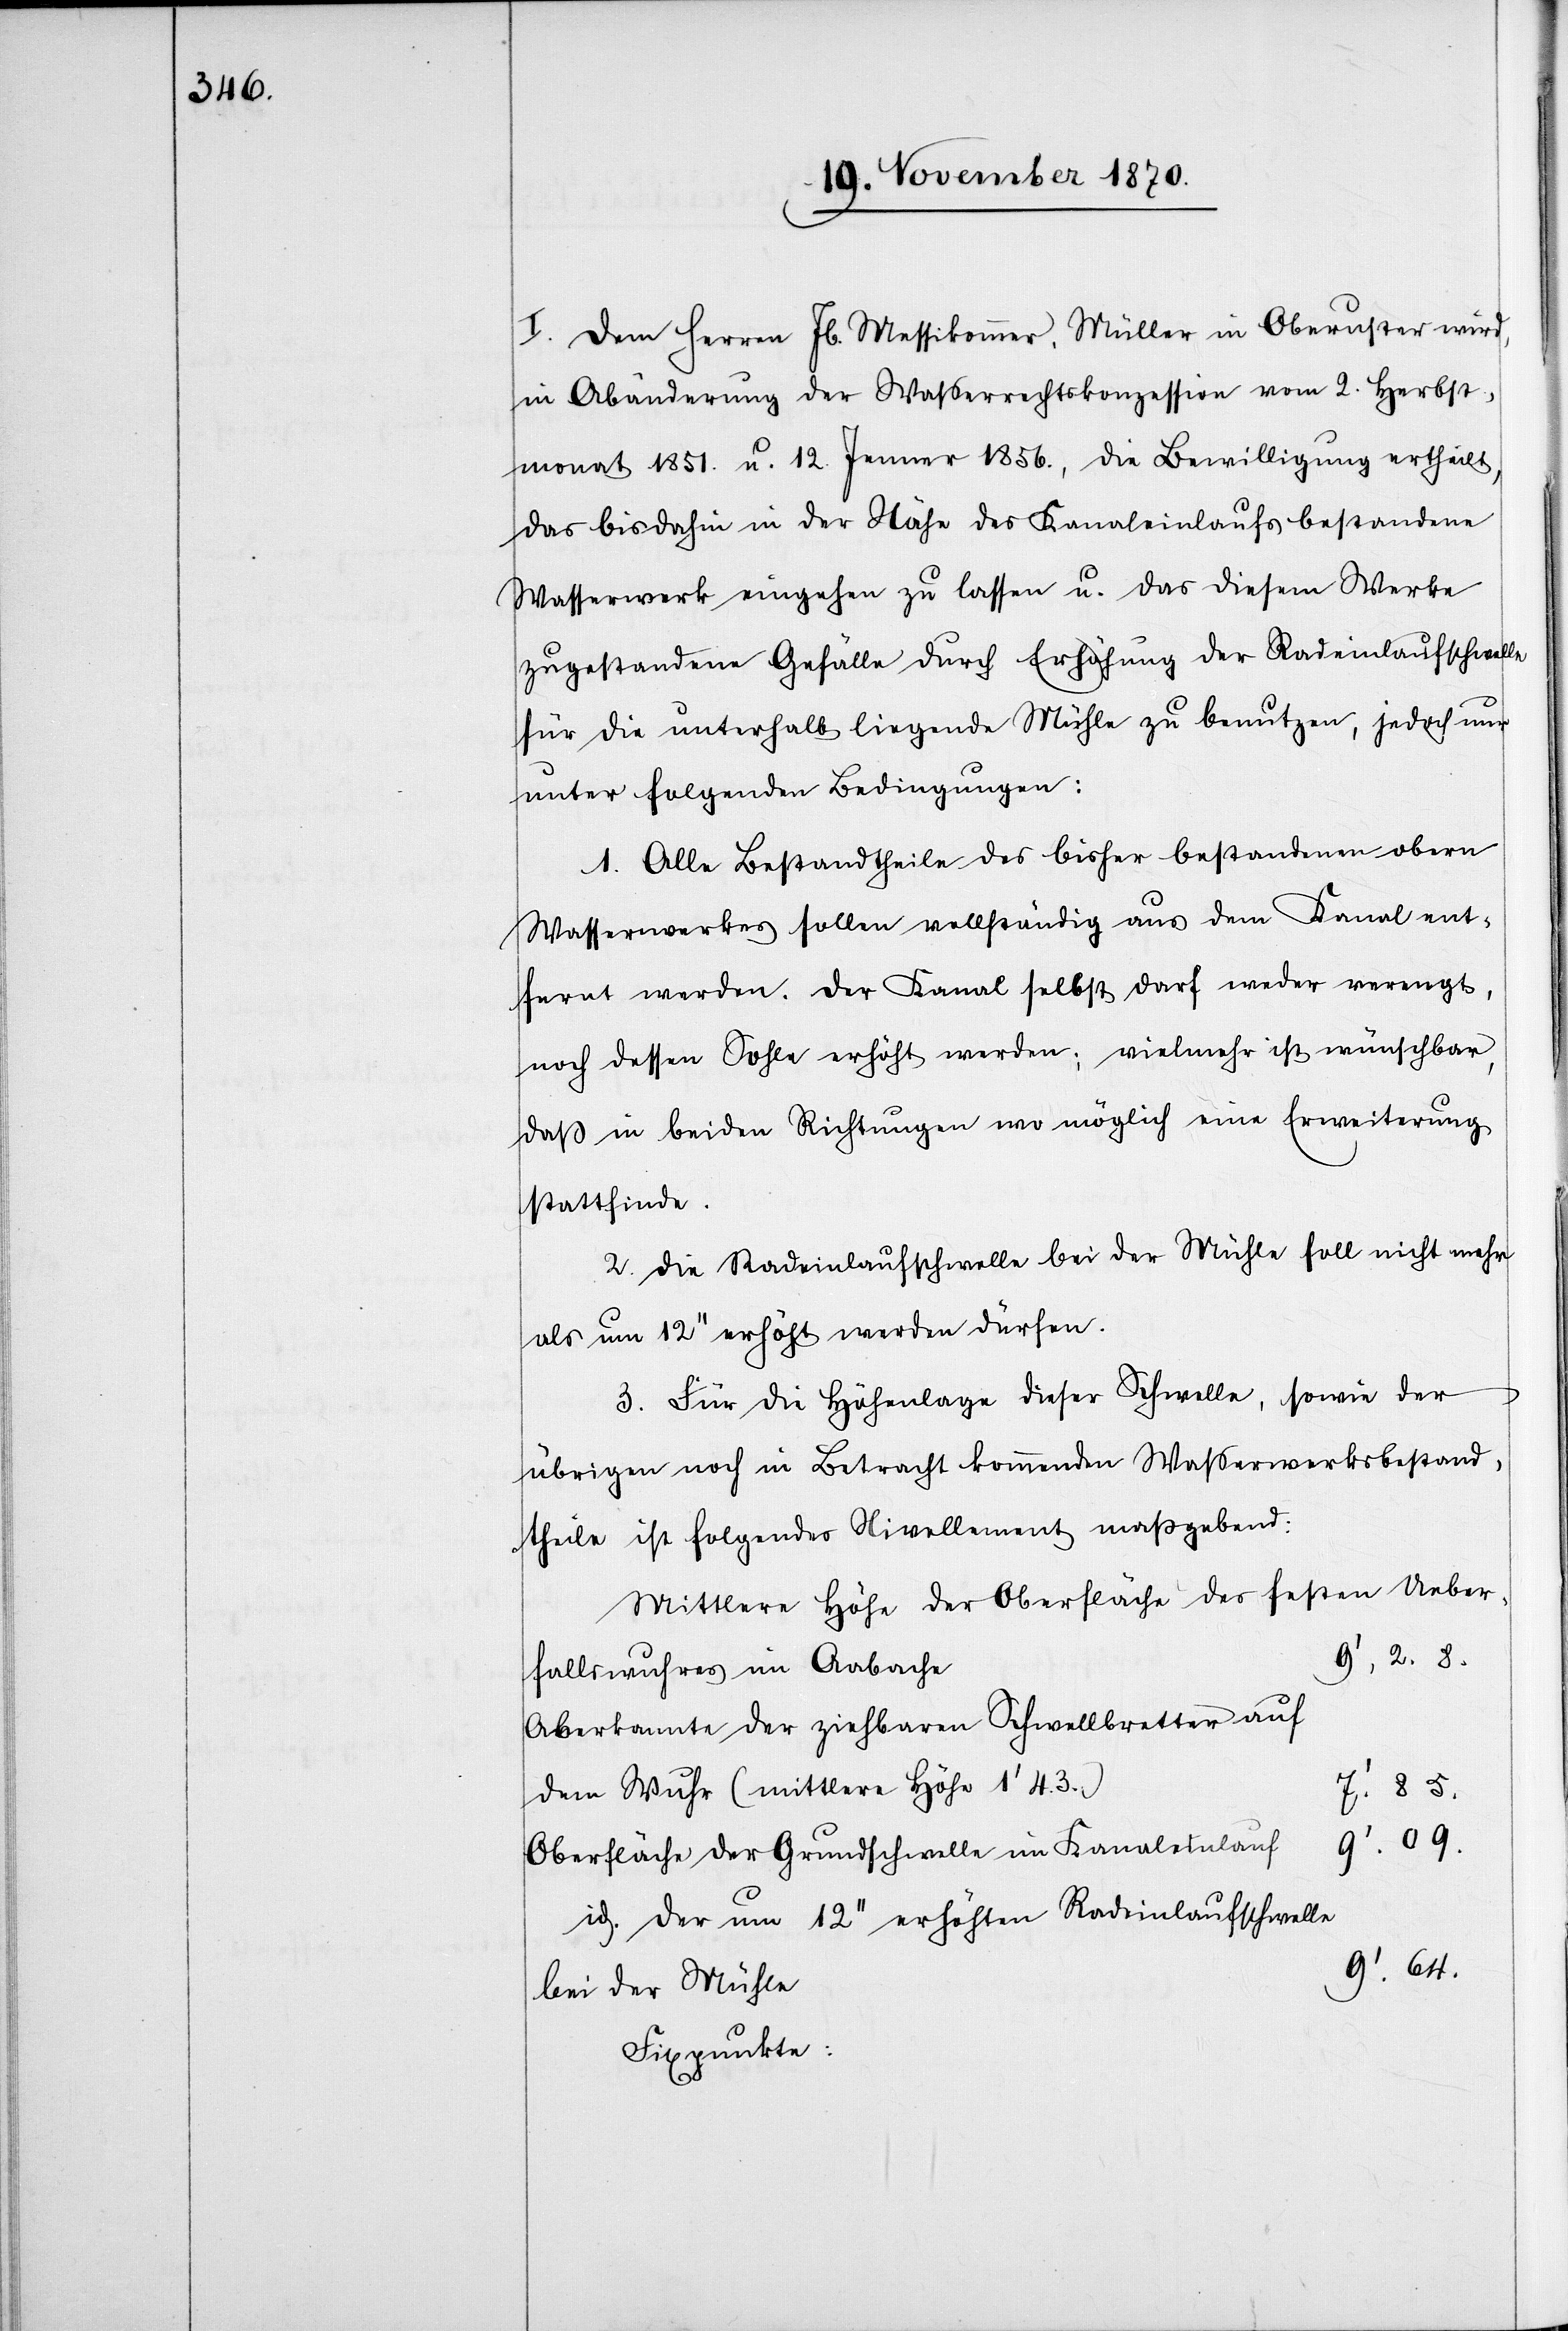
I. Dem Herren Jb. Messikommer, Müller in Oberuster wird,
monat 1851. u. 12. Jenner 1856., die Bewilligung ertheilt,
das bis dahin in der Nähe des Kanaleinlaufs bestandene
Wasserwerk eingehen zu lassen u. das diesem Werke
zugestandene Gefälle durch Erhöhung der Radeinlaufschwelle
für die unterhalb liegende Mühle zu benutzen, jedoch nur
unter folgenden Bedingungen:
1. Alle Bestandtheile des bisher bestandenen obern
Wasserwerkes sollen vollständig aus dem Kanal ent¬
fernt werden. Der Kanal selbst darf weder verengt,
noch dessen Sohle erhöht werden; vielmehr ist wünschbar,
daß in beiden Richtungen wo möglich eine Erweiterung
stattfinde.
2. Die Radeinlaufschwelle bei der Mühle soll nicht mehr
als um 12’’ erhöht werden dürfen.
3. Für die Höhenlage dieser Schwelle, sowie der
übrigen noch in Betracht kommenden Waßerwerksbestand¬
theile ist folgendes Nivellement maßgebend:
Mittlere Höhe der Oberfläche des festen Ueber¬
9’. 2. 8.
fallwuhres im Aabache
dem Wuhr (mittlere Höhe 1’ 4. 3.)
7’. 85.
9’. 09.
Oberfläche der Grundschwelle im Kanaleinlauf
id. der um 12’’ erhöhten Radeinlaufschwelle
9’. 64.
bei der Mühle
Fixpunkte: